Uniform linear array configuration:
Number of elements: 8
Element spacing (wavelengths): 0.5
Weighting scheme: cosine
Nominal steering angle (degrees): -60
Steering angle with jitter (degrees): -61.238
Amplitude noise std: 0.05
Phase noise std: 0.05

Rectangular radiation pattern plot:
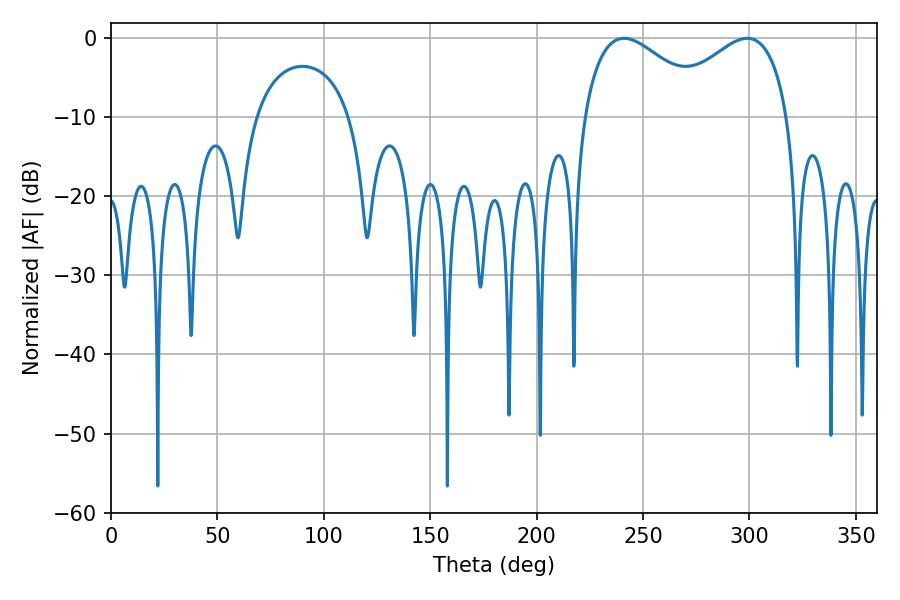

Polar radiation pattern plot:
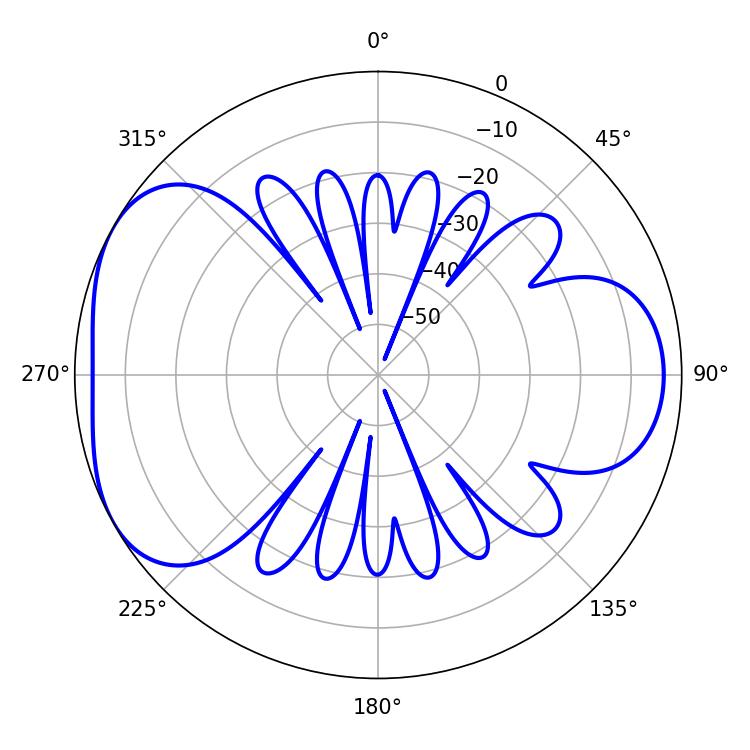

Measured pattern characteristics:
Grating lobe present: FALSE
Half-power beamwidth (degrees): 32.58
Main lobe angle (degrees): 241.02